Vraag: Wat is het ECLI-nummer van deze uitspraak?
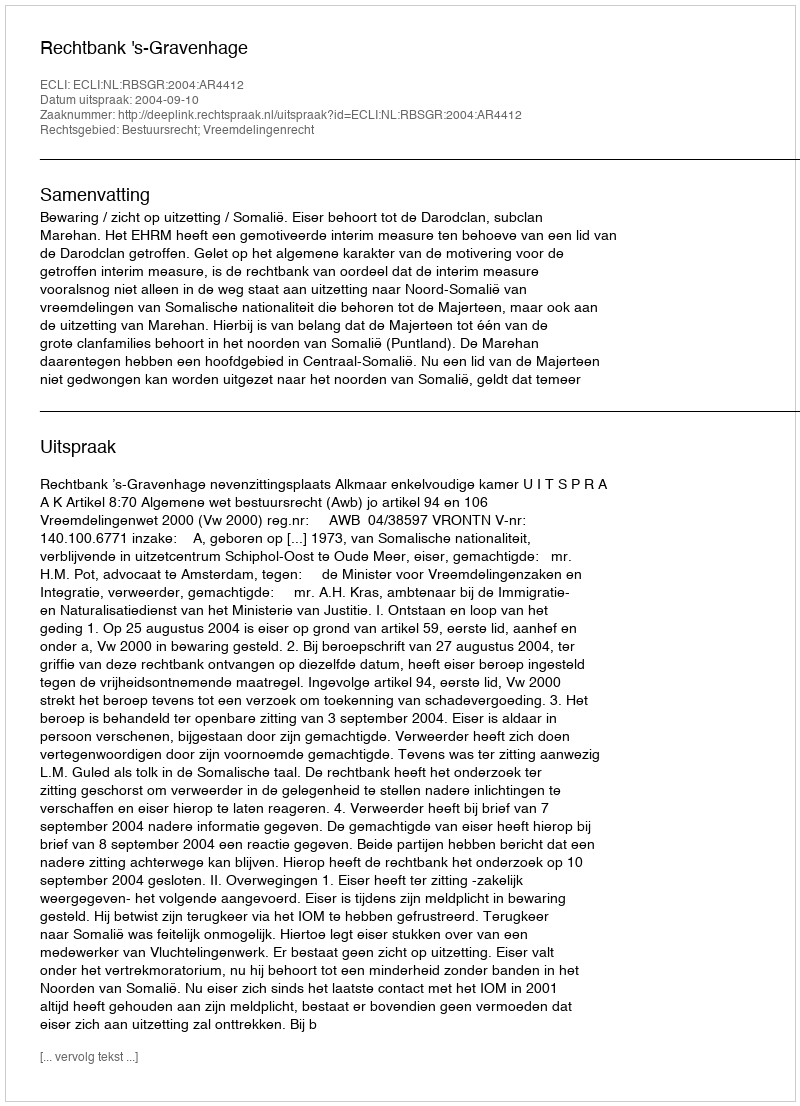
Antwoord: ECLI:NL:RBSGR:2004:AR4412